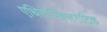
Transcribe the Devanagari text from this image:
एथिरोस्क्लिरोटिक